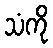
သံကို